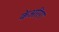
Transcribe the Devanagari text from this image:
केअरिंग